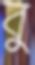
বু